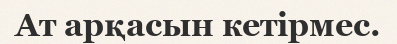
Ат арқасын кетірмес.